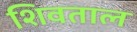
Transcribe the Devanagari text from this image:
शिवताल